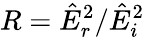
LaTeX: R=\hat{E}_{r}^{2}/\hat{E}_{i}^{2}